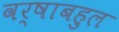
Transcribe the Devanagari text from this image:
वर्षाबहुल